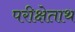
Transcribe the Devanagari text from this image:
परीक्षेताथ